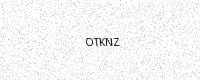
Text: OTKNZ